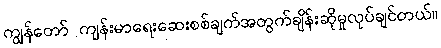
ကျွန်တော် ကျန်းမာရေးဆေးစစ်ချက်အတွက်ချိန်းဆိုမှုလုပ်ချင်တယ်။